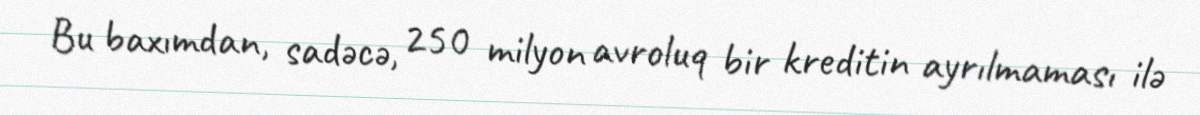
Bu baxımdan, sadəcə, 250 milyon avroluq bir kreditin ayrılmaması ilə